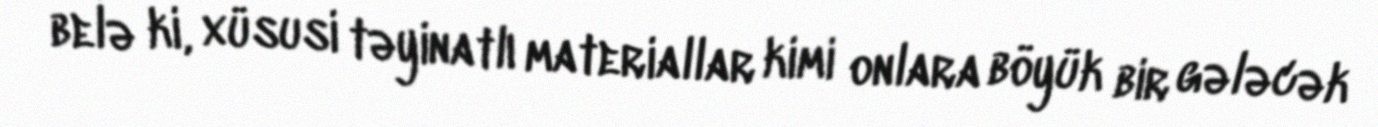
belə ki, xüsusi təyinatlı materiallar kimi onlara böyük bir gələcək